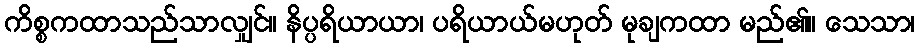
ကိစ္စကထာသည်သာလျှင်။ နိပ္ပရိယာယာ၊ ပရိယာယ်မဟုတ် မုချကထာ မည်၏။ သေသာ၊